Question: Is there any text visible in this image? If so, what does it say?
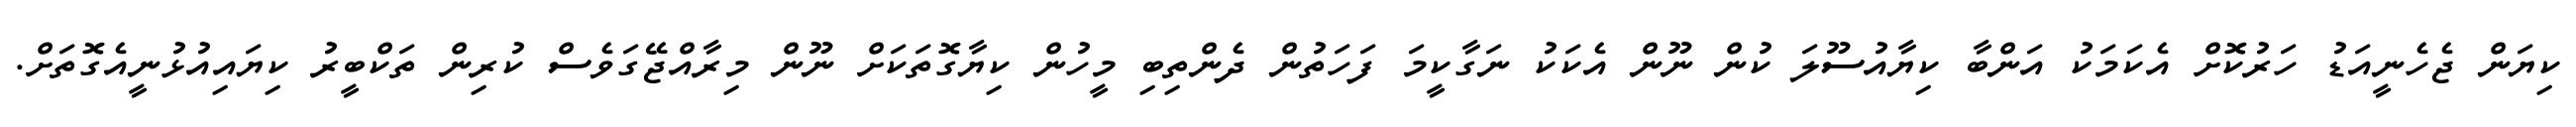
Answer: ކިޔަން ޖެހެނީއަޑު ހަރުކޮށް އެކަމަކު އަންބާ ކިޔާއުސޫލަ ކުން ނޫން އެކަކު ނަގާކީމަ ފަހަތުން ދެންތިބި މީހުން ކިޔާގޮތަކަށް ނޫން މިރާއްޖޭގަވެސް ކުރިން ތަކްބީރު ކިޔައިއުޅުނީއެގޮތަށް.